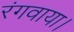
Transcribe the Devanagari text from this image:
रंगवाया।